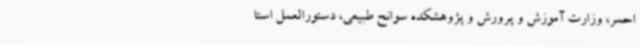
احمر، وزارت آموزش و پرورش و پژوهشکده سوانح طبیعی، دستورالعمل استا